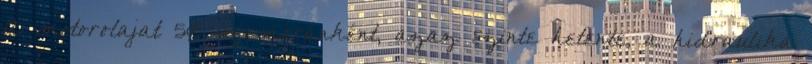
A motorolajat 50 üzemóránként, azaz szinte hetente, a hidraulika